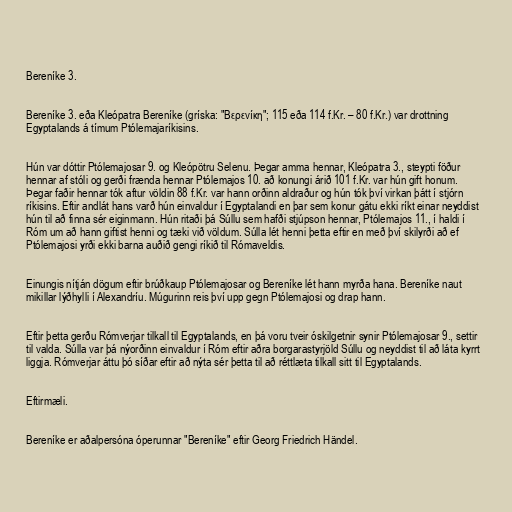
Bereníke 3.

Bereníke 3. eða Kleópatra Bereníke (gríska: "Βερενίκη"; 115 eða 114 f.Kr. – 80 f.Kr.) var drottning
Egyptalands á tímum Ptólemajaríkisins.

Hún var dóttir Ptólemajosar 9. og Kleópötru Selenu. Þegar amma hennar, Kleópatra 3., steypti föður
hennar af stóli og gerði frænda hennar Ptólemajos 10. að konungi árið 101 f.Kr. var hún gift honum.
Þegar faðir hennar tók aftur völdin 88 f.Kr. var hann orðinn aldraður og hún tók því virkan þátt í stjórn
ríkisins. Eftir andlát hans varð hún einvaldur í Egyptalandi en þar sem konur gátu ekki ríkt einar neyddist
hún til að finna sér eiginmann. Hún ritaði þá Súllu sem hafði stjúpson hennar, Ptólemajos 11., í haldi í
Róm um að hann giftist henni og tæki við völdum. Súlla lét henni þetta eftir en með því skilyrði að ef
Ptólemajosi yrði ekki barna auðið gengi ríkið til Rómaveldis.

Einungis nítján dögum eftir brúðkaup Ptólemajosar og Bereníke lét hann myrða hana. Bereníke naut
mikillar lýðhylli í Alexandríu. Múgurinn reis því upp gegn Ptólemajosi og drap hann.

Eftir þetta gerðu Rómverjar tilkall til Egyptalands, en þá voru tveir óskilgetnir synir Ptólemajosar 9., settir
til valda. Súlla var þá nýorðinn einvaldur í Róm eftir aðra borgarastyrjöld Súllu og neyddist til að láta kyrrt
liggja. Rómverjar áttu þó síðar eftir að nýta sér þetta til að réttlæta tilkall sitt til Egyptalands.

Eftirmæli.

Bereníke er aðalpersóna óperunnar "Bereníke" eftir Georg Friedrich Händel.